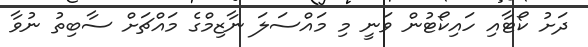
ދަށު ކޯޓާއި ހައިކޯޓުން ވަނީ މި މައްސަލަ ނާޒިމްގެ މައްޗަށް ސާބިތު ނުވާ